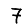
Digit: 7